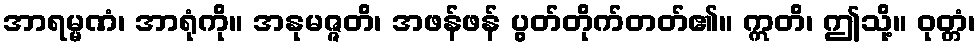
အာရမ္မဏံ၊ အာရုံကို။ အနုမဇ္ဇတိ၊ အဖန်ဖန် ပွတ်တိုက်တတ်၏။ ဣတိ၊ ဤသို့။ ဝုတ္တံ၊